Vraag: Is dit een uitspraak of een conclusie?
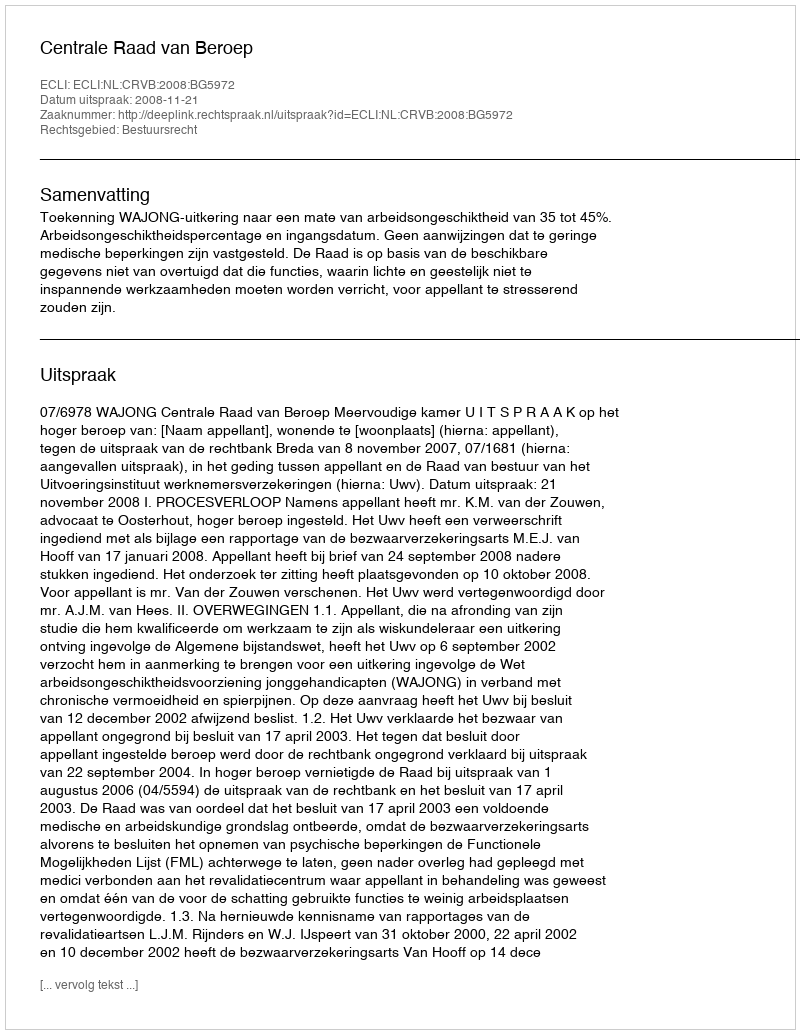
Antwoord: Uitspraak